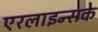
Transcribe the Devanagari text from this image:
एरलाइन्सके